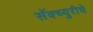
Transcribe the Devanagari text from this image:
सॅंक्च्युरीचे